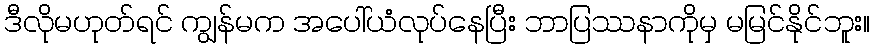
ဒီလိုမဟုတ်ရင် ကျွန်မက အပေါ်ယံလုပ်နေပြီး ဘာပြဿနာကိုမှ မမြင်နိုင်ဘူး။